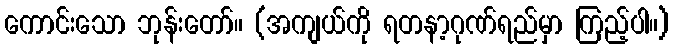
ကောင်းသော ဘုန်းတော်။ (အကျယ်ကို ရတနာ့ဂုဏ်ရည်မှာ ကြည့်ပါ။)